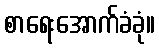
စာရေးအောက်ခံခုံ။